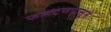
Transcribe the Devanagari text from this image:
फलटणपासून